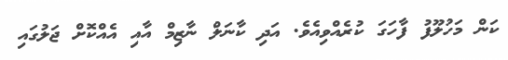
ކަން މަހުލޫފު ފާހަގަ ކުރެއްވިއެވެ. އަދި ކާނަލް ނާޒިމް އާއި އެއްކޮށް ޖަލުގައި